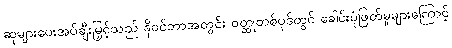
ဆုများပေးအပ်ချီးမြှင့်သည် နိုဝင်ဘာအတွင်း ဝတ္ထုတစ်ပုဒ်တွင် ခေါင်းပုံဖြတ်မှုများကြောင့်